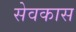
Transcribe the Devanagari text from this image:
सेवकास